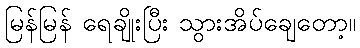
မြန်မြန် ရေချိုးပြီး သွားအိပ်ချေတော့။